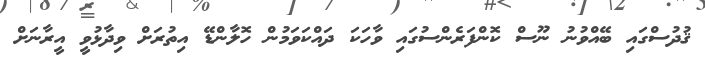
ޤުދުސްގައި ބޭއްވުނު ނޫސް ކޮންފަރެންސުގައި ވާހަކަ ދައްކަވަމުން ހޮލާންޑޭ އިތުރަށް ވިދާޅުވީ އީރާނަށް